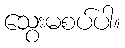
သွေးမစပ်ပါ။